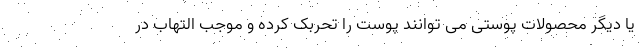
یا دیگر محصولات پوستی می توانند پوست را تحربک کرده و موجب التهاب در